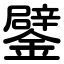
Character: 鐾